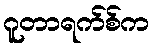
ဂူတာရက်စ်က